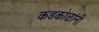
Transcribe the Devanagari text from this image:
कडकोळांनी